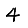
Digit: 4